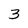
Character: 3